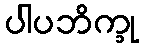
ပါပဘိက္ခု